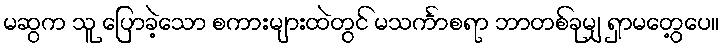
မဆွက သူ ပြောခဲ့သော စကားများထဲတွင် မသင်္ကာစရာ ဘာတစ်ခုမျှ ရှာမတွေ့ပေ။